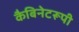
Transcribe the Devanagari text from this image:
कैबिनेटरूपी